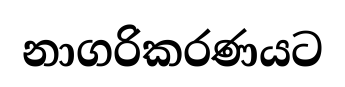
නාගරිකරණයට